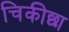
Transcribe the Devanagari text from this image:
चिकीछा